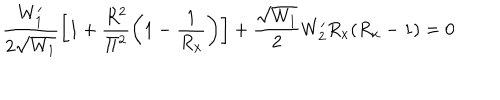
LaTeX: \frac { W _ { 1 } ^ { \prime } } { 2 \sqrt { W _ { 1 } } } \left[ 1 + \frac { R ^ { 2 } } { \Pi ^ { 2 } } \left( 1 - \frac { 1 } { R _ { x } } \right) \right] + \frac { \sqrt { W _ { 1 } } } { 2 } W _ { 2 } ^ { \prime } R _ { x } ( R _ { x } - 1 ) = 0